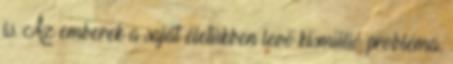
is. Az emberek a saját életükben levő kismillió probléma,